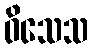
ဝိသေသ